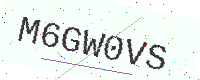
Text: M6GW0VS